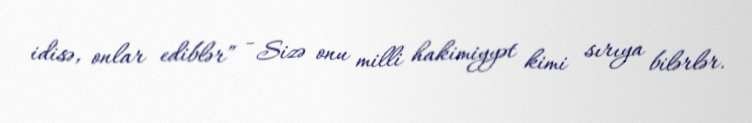
idisə, onlar ediblər” - Sizə onu milli hakimiyyət kimi sırıya bilərlər.